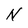
Character: N